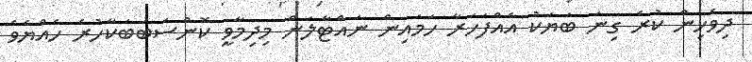
ދިވެހިން ކުރެ ގިނަ ބަޔަކު އެއްފަހަރާ ހަމައިން ނައްޓާލަން މިދިމާވީ ކޮންސަބަބަކާހުރެ ހެއްޔެވެ